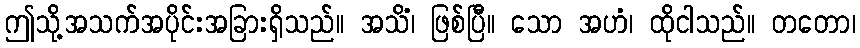
ဤသို့အသက်အပိုင်းအခြားရှိသည်။ အသိံ၊ ဖြစ်ပြီ။ သော အဟံ၊ ထိုငါသည်။ တတော၊